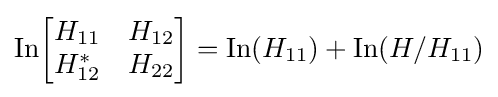
\mathrm {In} {\begin{bmatrix}H_{11}&H_{12}\\H_{12}^{\ast }&H_{22}\end{bmatrix}}=\mathrm {In} (H_{11})+\mathrm {In} (H/H_{11})